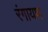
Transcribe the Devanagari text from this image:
रंगायण